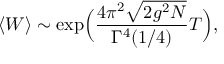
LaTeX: \langle W \rangle \sim \exp \Bigl ( \frac { 4 \pi ^ { 2 } \sqrt { 2 g ^ { 2 } N } } { \Gamma ^ { 4 } ( 1 / 4 ) } T \Bigr ) ,